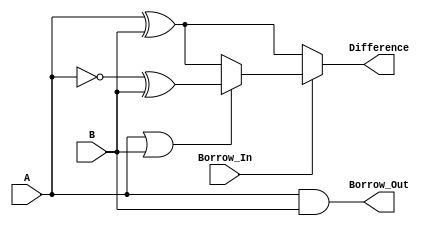
module Full_Subtractor(
  input A,
  input B,
  input Borrow_In,
  output Difference,
  output Borrow_Out
);

  reg Difference;
  reg Borrow_Out;

  always@(A or B or Borrow_In) begin
    if (Borrow_In) begin
      if (A | B) begin
        Difference <= ~A ^ B;
        Borrow_Out <= A & B;
      end else begin
        Difference <= A ^ B;
        Borrow_Out <= A & B;
      end
    end else begin
      Difference <= A ^ B;
      Borrow_Out <= A & B;
    end
  end

endmodule